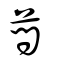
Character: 蔄